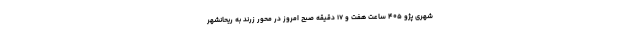
شهری پژو ۴۰۵ ساعت هفت و ۱۷ دقیقه صبح امروز در محور زرند به ریحانشهر